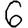
Digit: 6